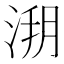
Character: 𣷥